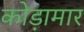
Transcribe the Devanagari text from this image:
कोड़ामार